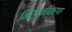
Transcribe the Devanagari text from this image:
निर्वनीकरण